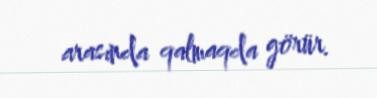
arasında qalmaqda görür.